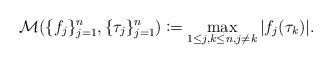
LaTeX: \begin{align*} \mathcal{M}(\{f_j \}_{j=1}^n, \{\tau_j \}_{j=1}^n)\coloneqq \max _{1\leq j,k \leq n, j\neq k}|f_j(\tau_k)|. \end{align*}